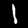
Label: 1